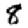
Digit: 8